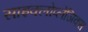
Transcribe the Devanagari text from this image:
साइक्लोप्लेजिक्स